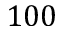
1 0 0